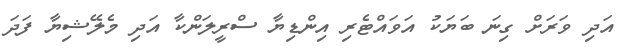
އަދި ވަރަށް ގިނަ ބަޔަކު އަވައްޓެރި އިންޑިޔާ ސްރީލަންކާ އަދި މެލޭޝިޔާ ފަދަ